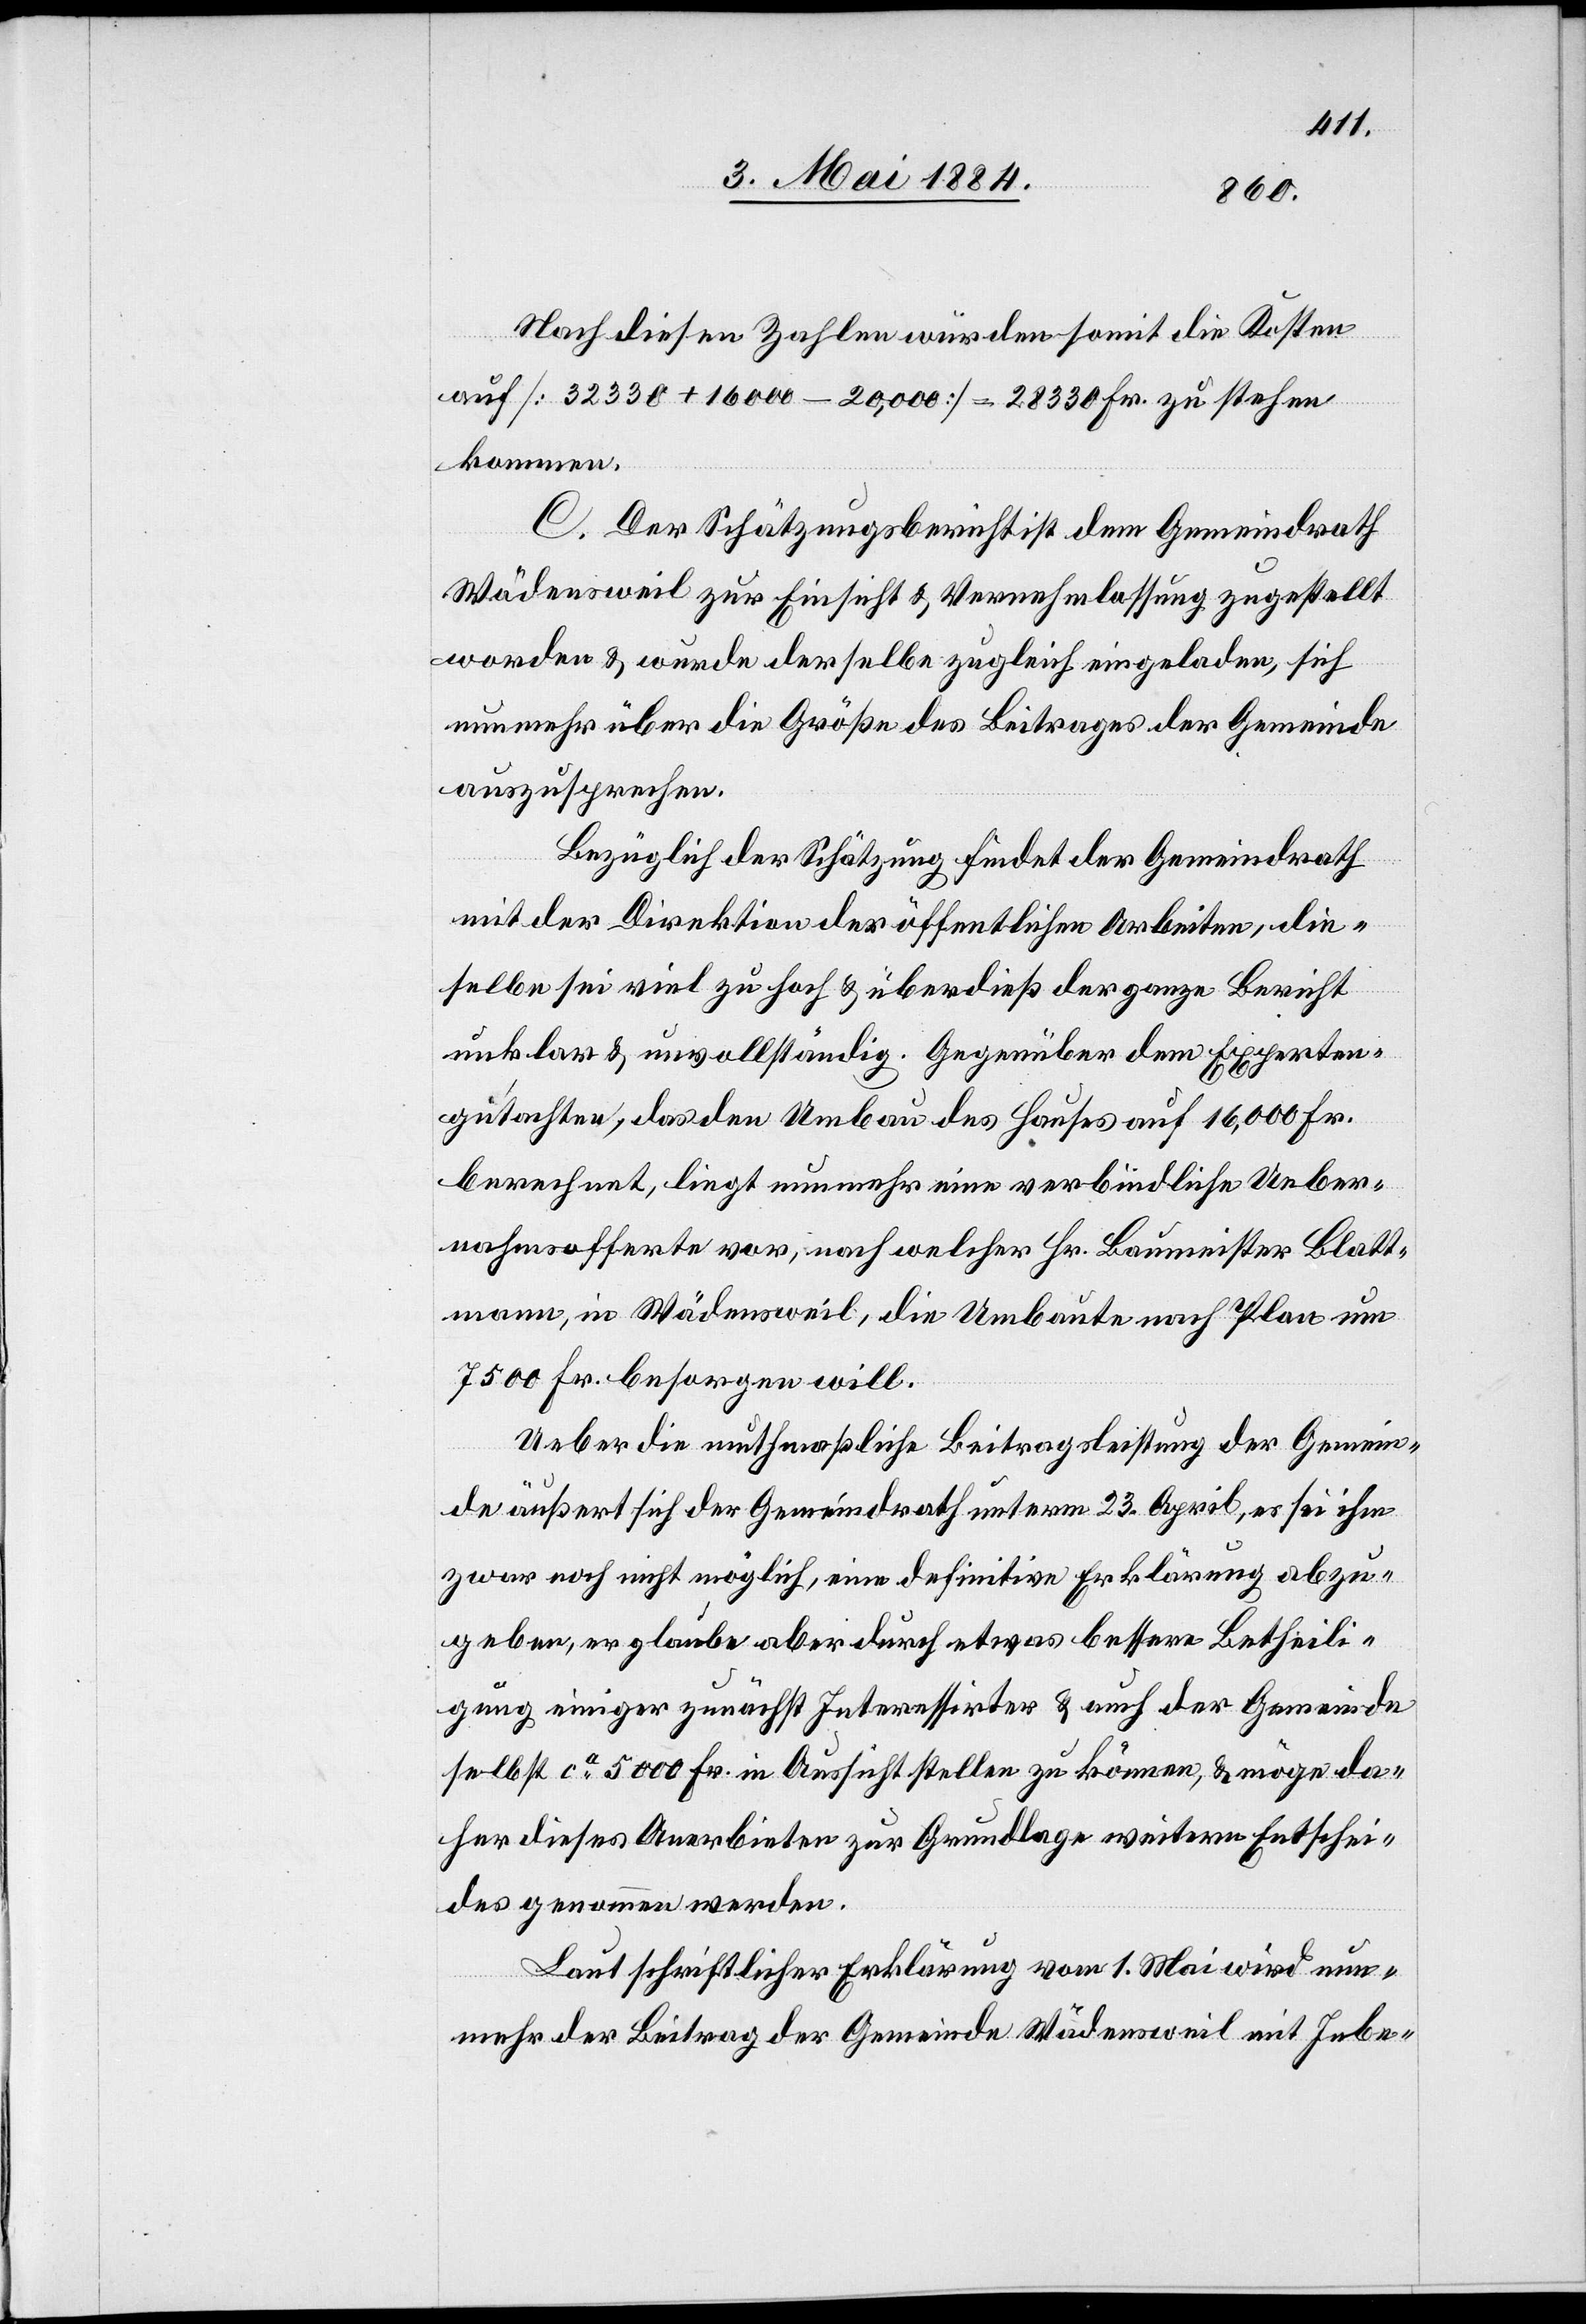
Nach diesen Zahlen würden somit die Kosten
[32330 + 16000 – 20,000] = 28330 Fr. zu stehen
kommen.
C. Der Schätzungsbericht ist dem Gemeindrath
Wädensweil zur Einsicht & Vernehmlassung zugestellt
worden & wurde derselbe zugleich eingeladen, sich
nunmehr & über die Größe des Beitrages der Gemeinde
auszusprechen.
Bezüglich der Schätzung findet der Gemeindrath
mit der Direktion der öffentlichen Arbeiten, die¬
selbe sei viel zu hoch & überdieß der ganze Bericht
unklar & unvollständig. Gegenüber dem Experten¬
gutachten, das den Umbau des Hauses auf 16,000 Fr.
berechnet, liegt nunmehr eine verbindliche Ueber¬
nahmsofferte vor, nach welcher Hr. Baumeister Blatt¬
mann, in Wädensweil, die Umbaute nach Plan um
7500 Fr. besorgen will.
Ueber die muthmaßliche Beitragsleistung der Gemein¬
de äußert sich der Gemeindrath unterm 23. April, es sei ihm
zwar noch nicht möglich, eine definitive Erklärung abzu¬
geben, er glaube aber durch etwas bessere Betheili¬
gung einiger zunächst Interessirter & auch der Gemeinde
selbst ca 5000 Fr. in Aussicht stellen zu können, & möge da¬
her dieses Anerbieten zur Grundlage weiteren Entschei¬
des genommen werden.
Laut schriftlicher Erklärung vom 1. Mai wird nun¬
mehr der Beitrag der Gemeinde Wädensweil mit Inbe-